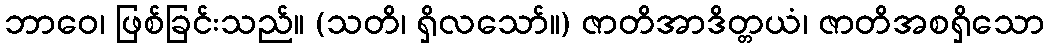
ဘာဝေ၊ ဖြစ်ခြင်းသည်။ (သတိ၊ ရှိလသော်။) ဇာတိအာဒိတ္တယံ၊ ဇာတိအစရှိသော